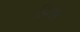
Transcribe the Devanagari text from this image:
हिराई